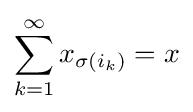
\sum _{k=1}^{\infty }x_{\sigma \left(i_{k}\right)}=x